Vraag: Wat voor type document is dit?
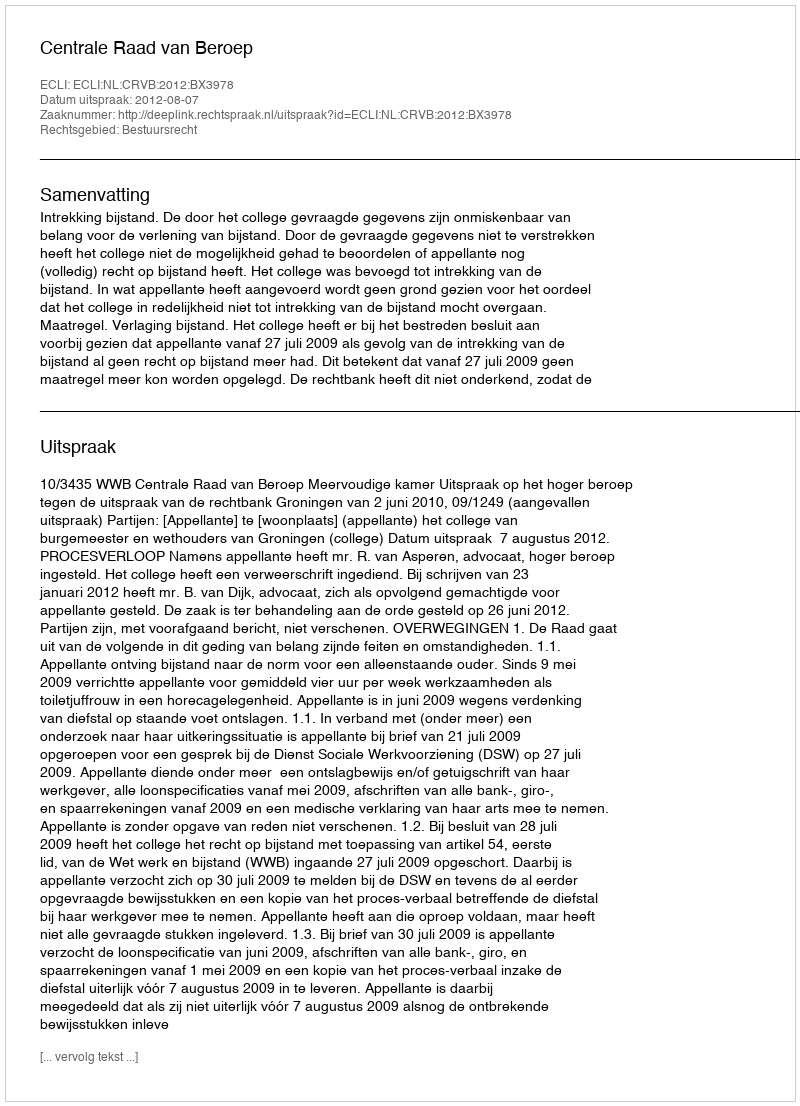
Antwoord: Uitspraak